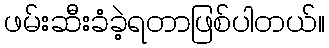
ဖမ်းဆီးခံခဲ့ရတာဖြစ်ပါတယ်။